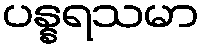
ပန္နရသမာ